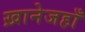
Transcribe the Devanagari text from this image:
ख़ानेजहाँ